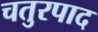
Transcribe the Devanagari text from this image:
चतुरपाद